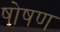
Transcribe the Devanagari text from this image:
षोषण